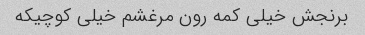
برنجش خیلی کمه رون مرغشم خیلی کوچیکه